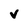
Character: V